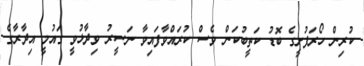
ކުރިން ހޯރަފުށީގެ ބޮޑު ކަތީބުކަން ވެސް ކުރައްވާފައިވާ ނަސީރު ވިދާޅުވީ ގައުމީ އިދާރާގެ